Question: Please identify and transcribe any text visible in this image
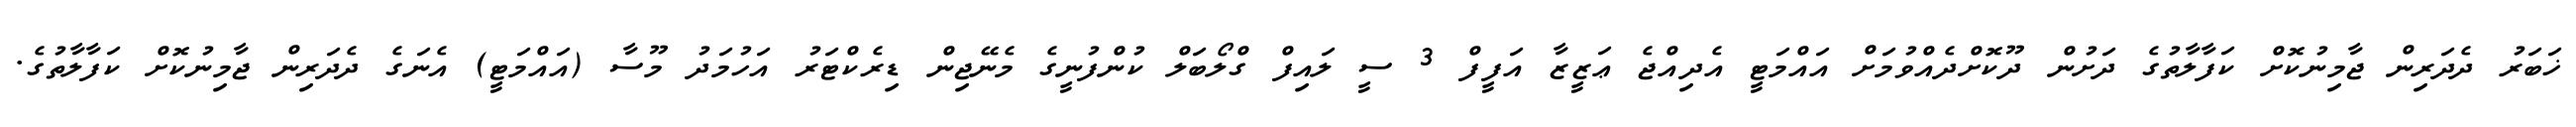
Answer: ޚަބަރު ދެދަރިން ޖާމިނުކޮށް ކަފާލާތުގެ ދަށުން ދޫކޮށްދެއްވުމަށް އައްމަޓީ އެދިއްޖެ ޢަޒީޒާ އަފީފް 3 ސީ ލައިފް ގްލޯބަލް ކުންފުނީގެ މެނޭޖިން ޑިރެކްޓަރު އަހުމަދު މޫސާ (އައްމަޓީ) އެނަގެ ދެދަރިން ޖާމިނުކޮށް ކަފާލާތުގެ.